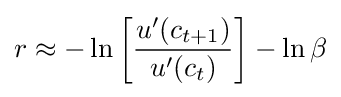
r\approx -\ln {\left[{\frac {u'(c_{t+1})}{u'(c_{t})}}\right]}-\ln {\beta }